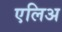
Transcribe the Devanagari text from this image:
एलिअ